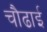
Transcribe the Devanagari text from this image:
चौढाई